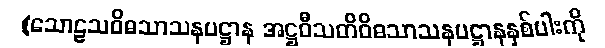
(သောဠသဝိဓသာသနပဋ္ဌာန အဋ္ဌဝီသတိဝိဓသာသနပဋ္ဌာနနှစ်ပါးကို